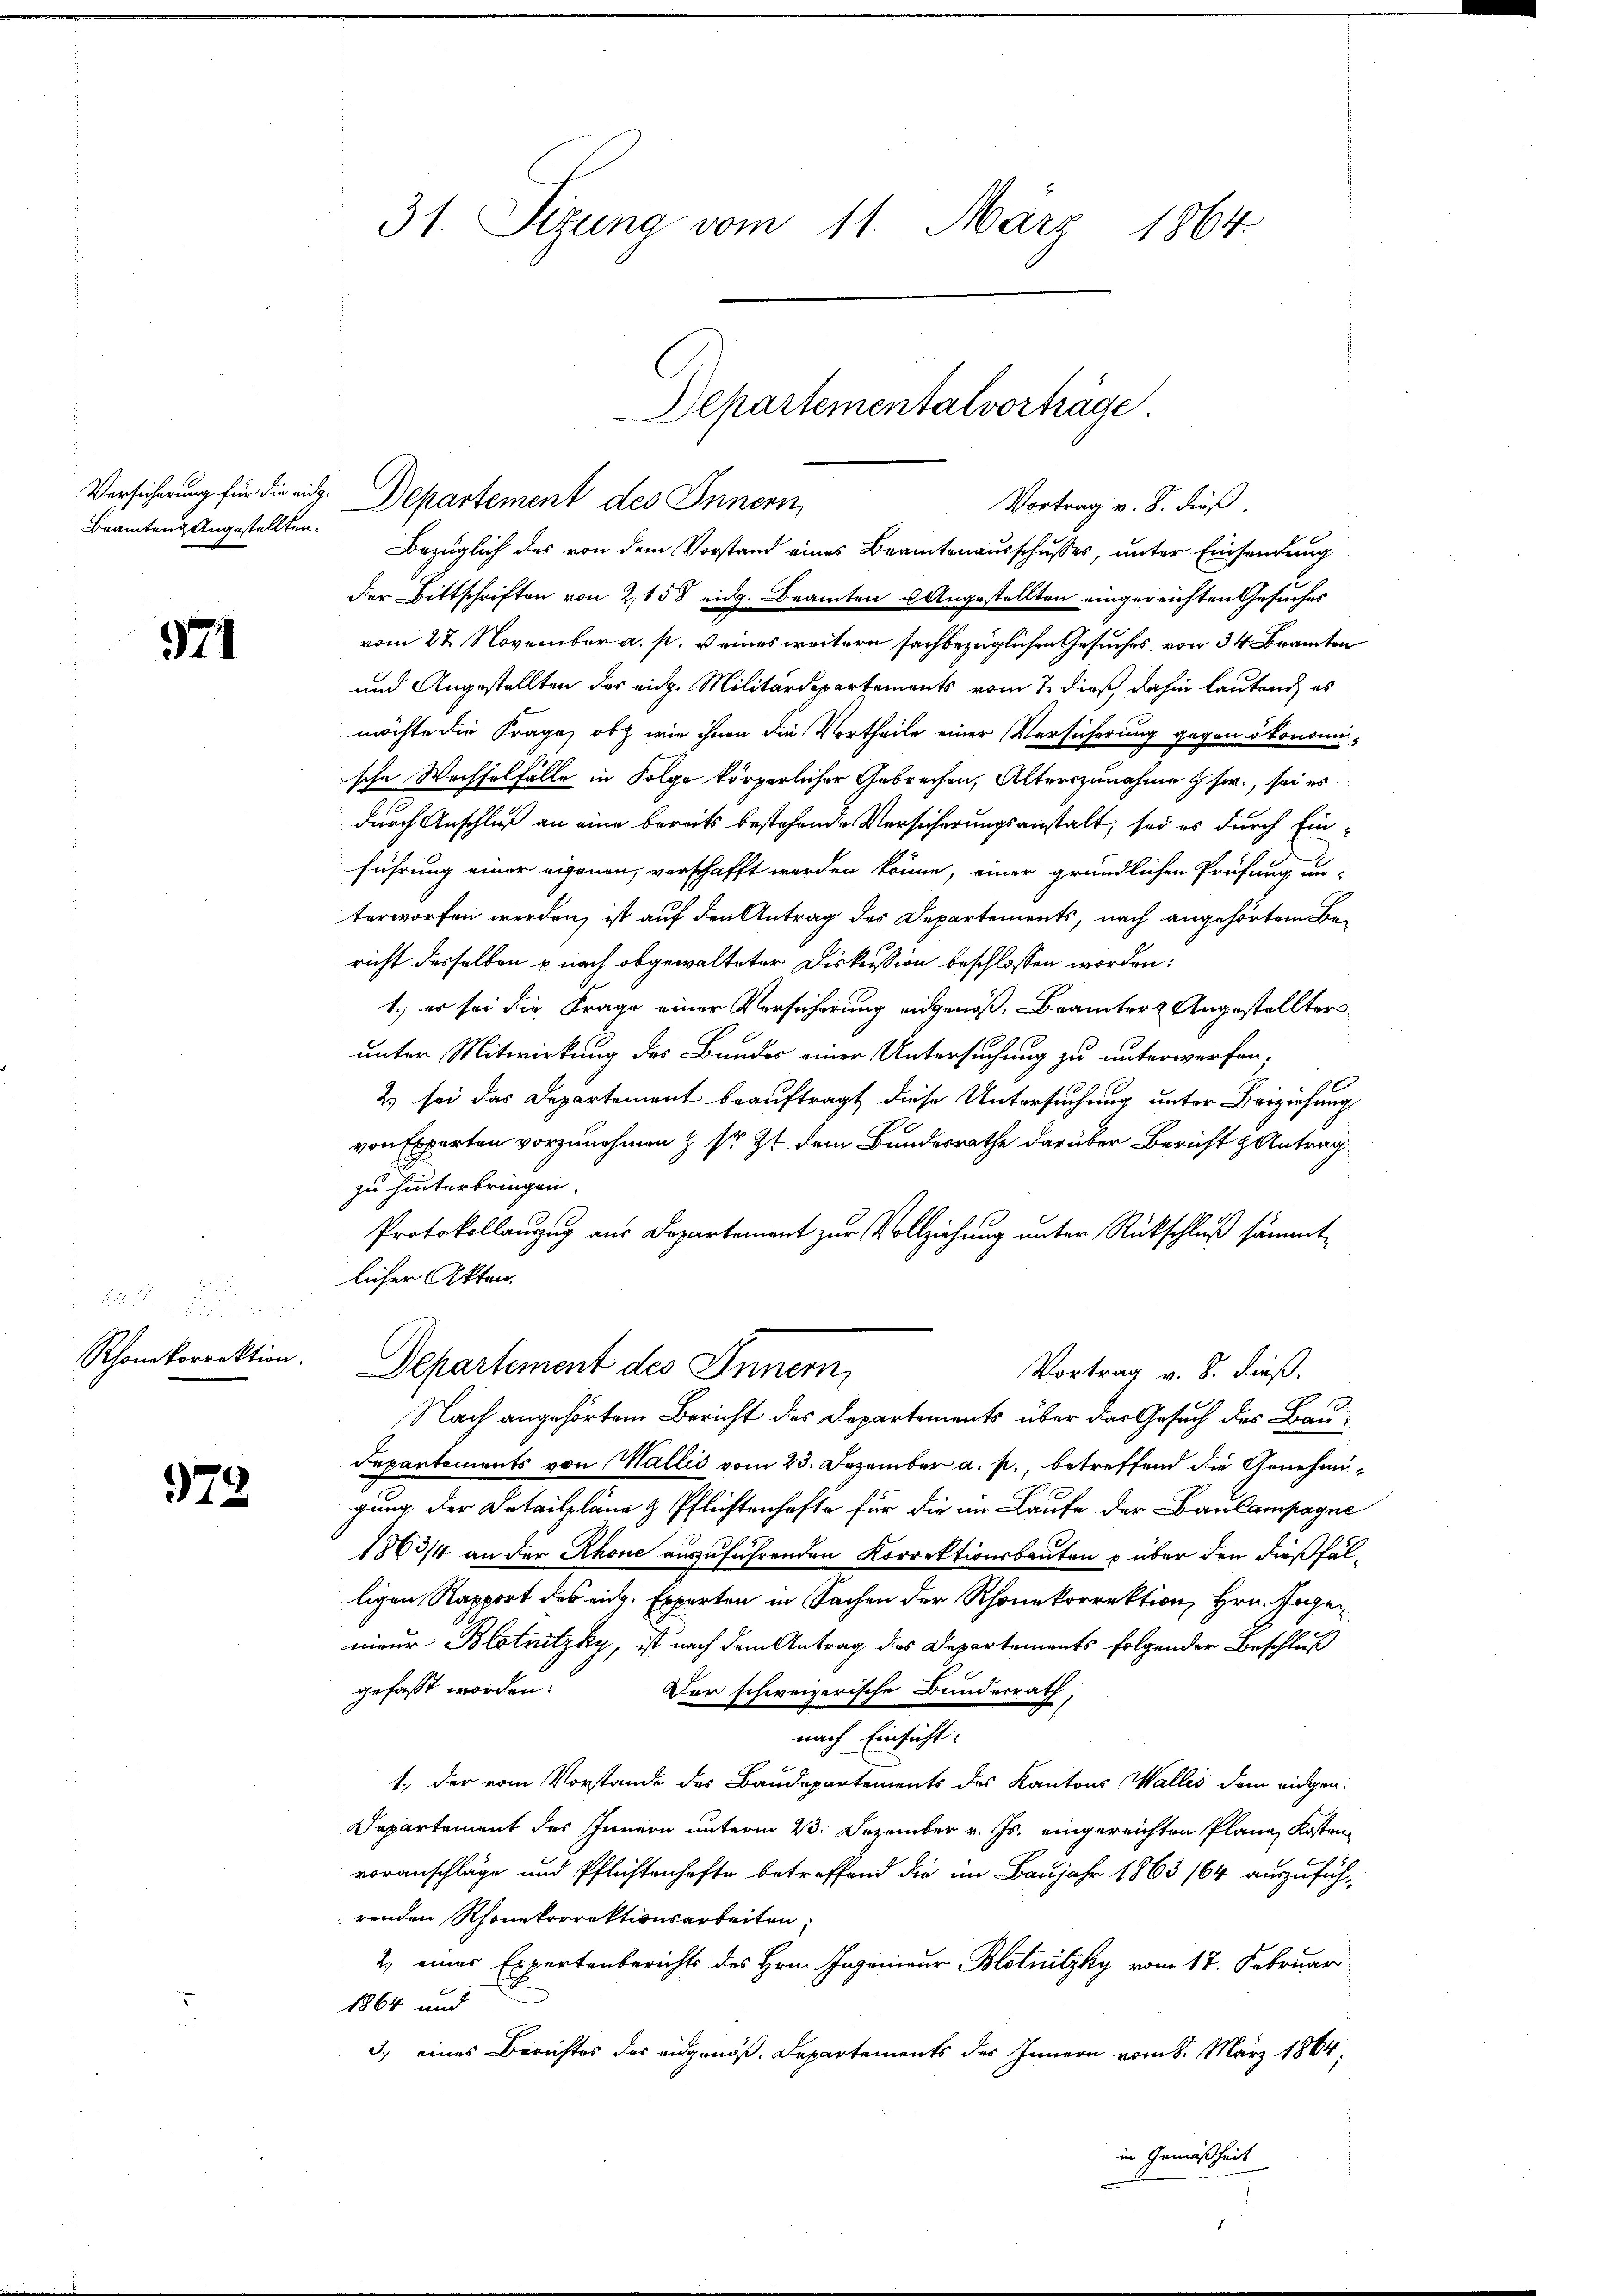
Beamten Angestellten.

71

.

Rhonekorrektion.

972

31. Sizung vom 11. März 1864.

Versicherung für die eidg. Departement des Innern,
Vortrag v. 8. dieß.
Bezüglich des von dem Vorstand eines Beamtenausschusses, unter Einsendung
der Bittschriften von 2,158 eidg. Beamten u. Angestellten eingereichten Gesuches
vom 27. November a. p. u eines weitern sachbezüglichen Gesuches, von 34 Beamten
und Angestellten des eidg. Militärdepartements vom 7. dieß dahin lautend, es
möchte die Frage, ob wie ihnen die Vortheile einer Versicherung gegen ökonomische Wechselfälle in Folge körperlicher Gebrechen, Alterszunahme usw., sei es
durch Anschluß an eine bereits bestehende Versicherungsanstalt, sei es durch Einführung einer eigenen, verschafft werden könne, einer gründlichen Prüfung an-
terworfen werden, ist auf den Antrag des Departements, nach angehörtem Bei-
richt desselben u nach obgewalteter Diskussion beschlossen worden:
1.) es sei die Frage einer Versicherung eingenoß, Brämters Angestelltersunter Mitwirkung des Bandes einer Untersuchung zu unterwerfen.
2) sei das Departement beauftragt diese Untersuchung unter Beiziehung
von Experten vorzunehmen & sr. Zt. dem Bundesrathe darüber Bericht & Antrag
zu hinterbringen.
Protokollanzug aus Departement zur Vollziehung unter Rückschluß sämmtlicher Akten.
Departement des Innern,
Vortrag v. 8. dieß.
Nach angehörten Bericht des Departements über das Gesuch des Bau¬
Departements von Wallis vom 23. Dezember a. p., betreffend die Annehmigung der Detailpläne & Pflichtenhafte für die im Laufe der Bau Campagne
1863/4 an der Rhone auszuführenden Korrektionsbauten u über den dießfälligen Rapport des eing. Experten in Sachen der Rhonekorrektion, Hrn. Ingenieur Blotnitzky, ist nach dem Antrag des Departements folgender Beschluß
gefaßt worden:
Der schweizerische Bunderrath,
nach Einsicht:
1., der vom Vorstande des Baudepartements des Kantons Wallis dem eidgen.
Dapartement des Innern unterm 23. Dezember v. Js. eingereichten Plane Kostenvoranschläge und Pflichtenhafte betreffend die im Baujahr 1863/64 auszuführenden Rhonekorrektionsarbeiten,
2) eines Expertenberichts des Hrn. Ingenieur Blotnitzky vom 17. Februar
1864 und
3.) eines Berichtes das eidgenöß, Departements des Innern vom 8. März 1864;
in Gemäßheit
.

Departementalvorträge